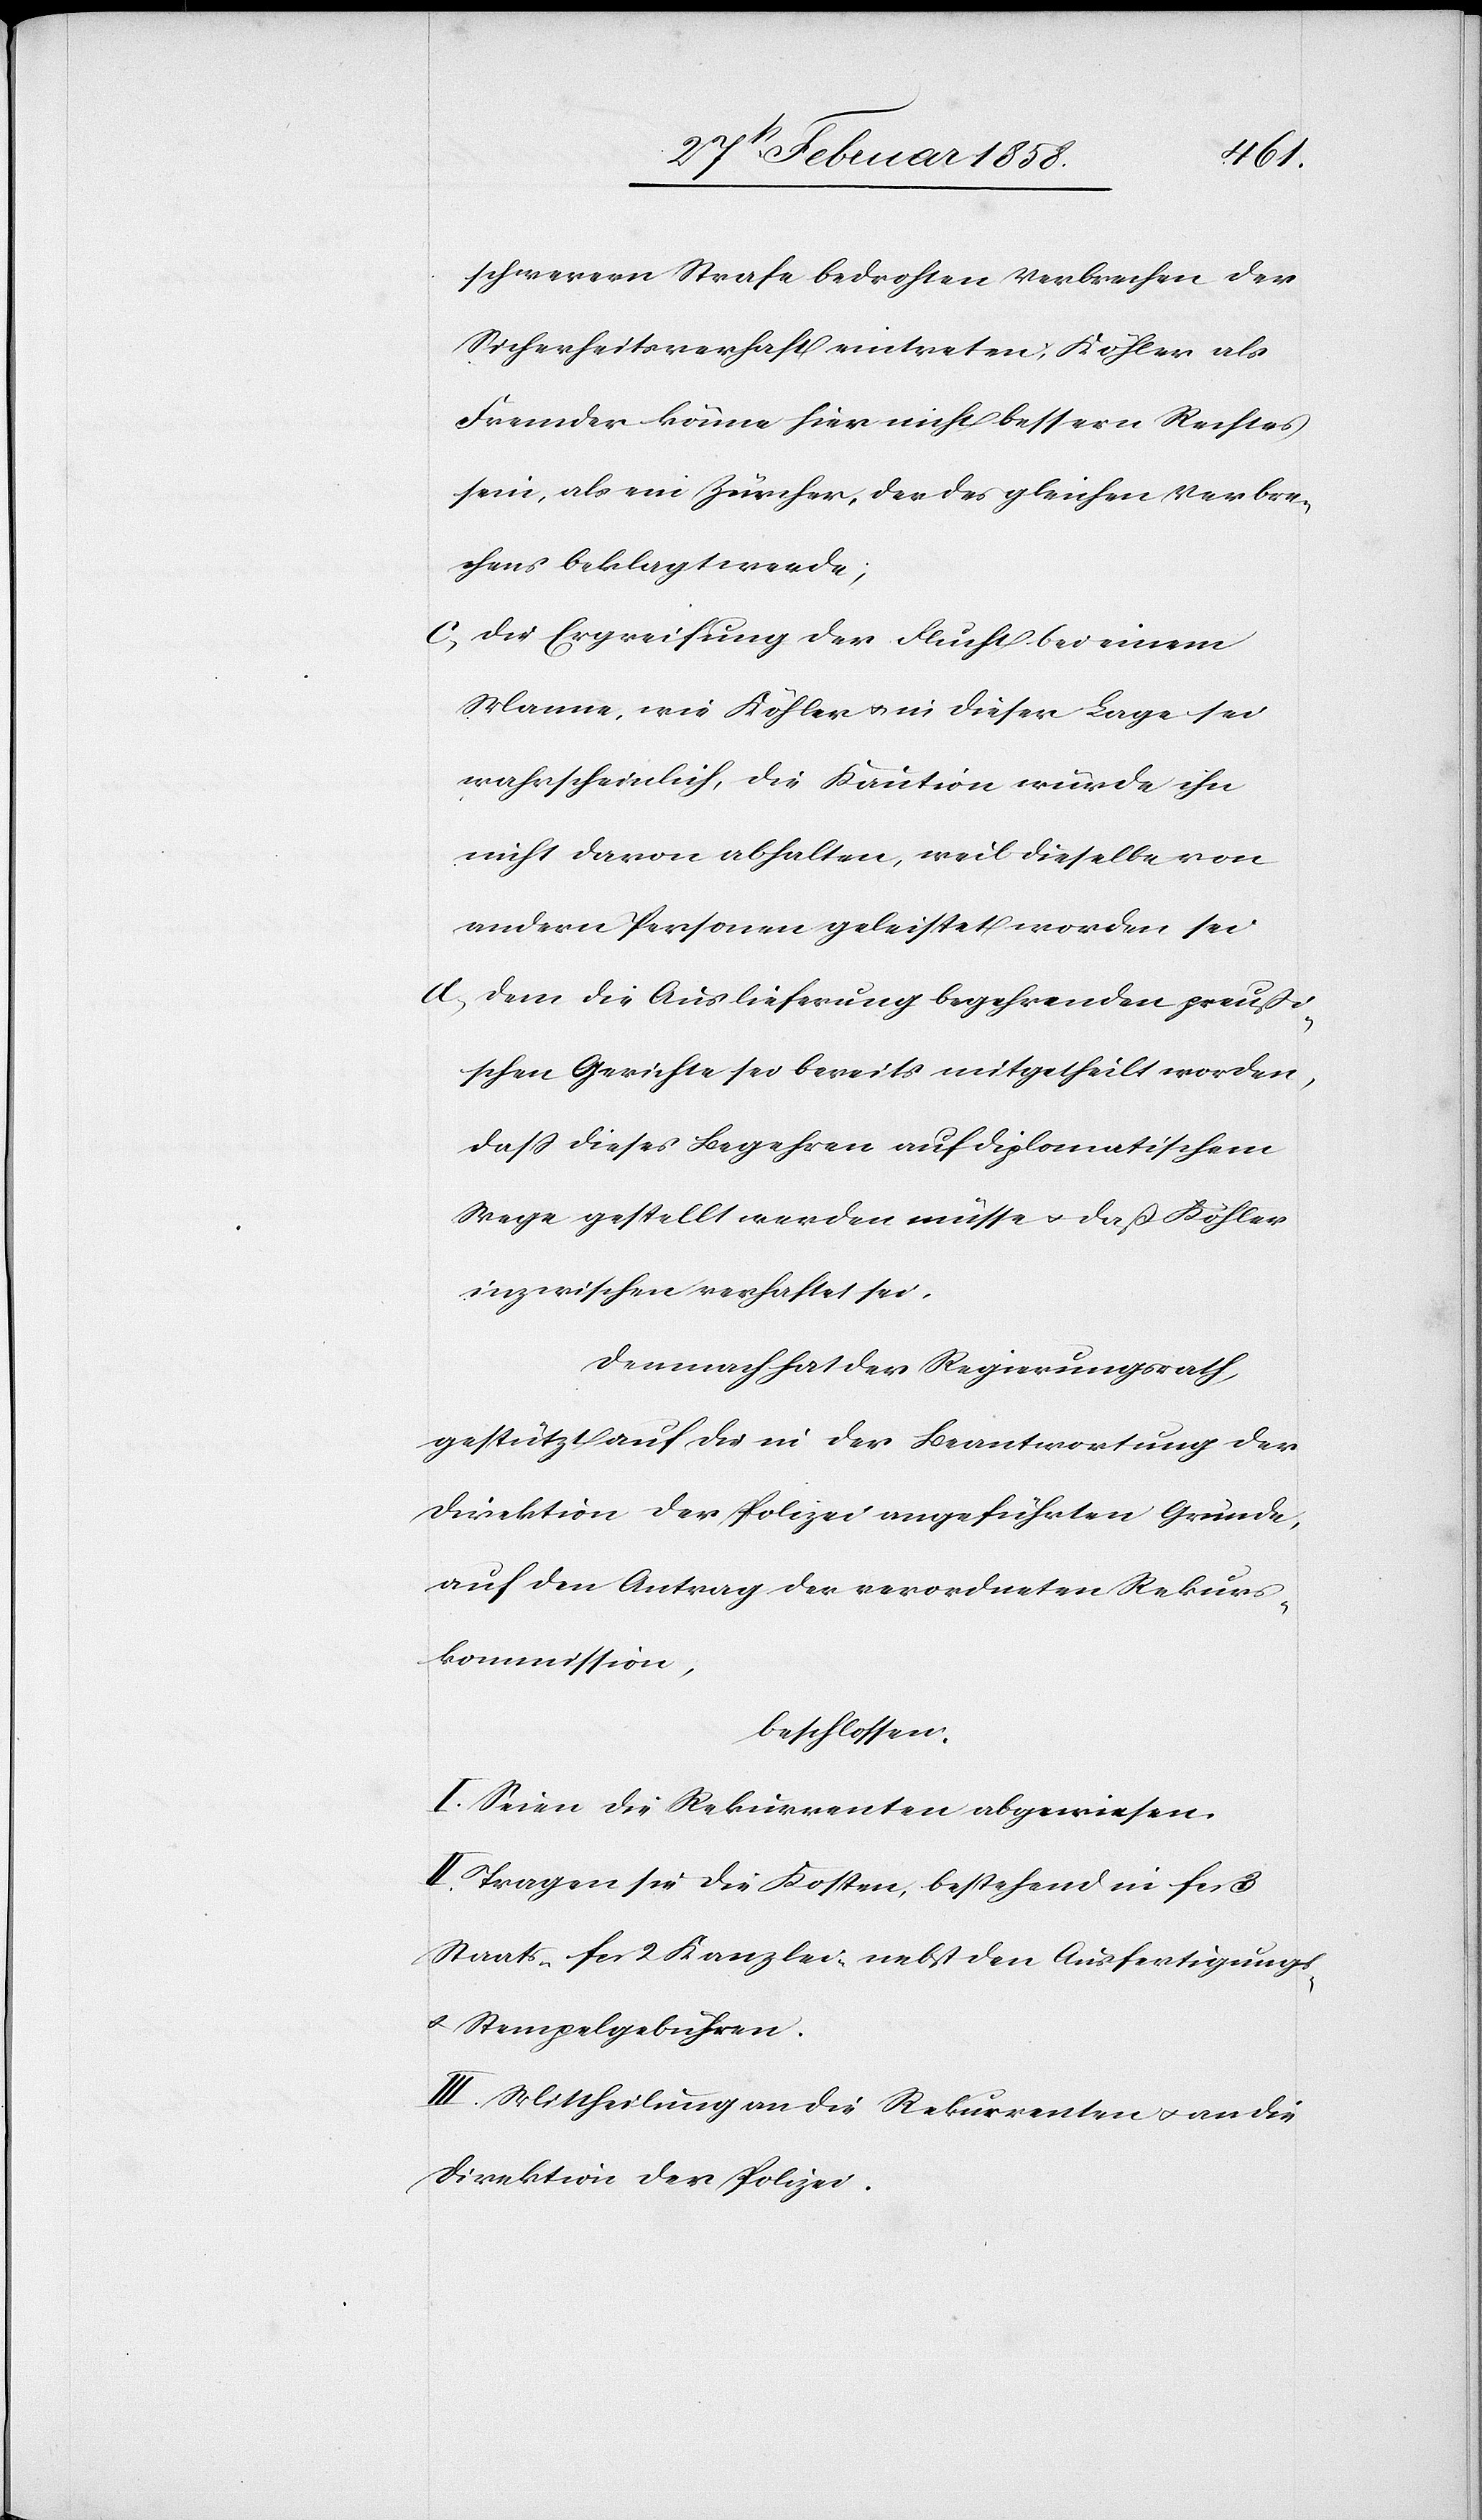
schwerern Strafe bedrohten Verbrechen der
Sicherheitsverhaft eintreten; Köhler als
Fremder könne hier nicht bessern Rechtes
sein, als ein Zürcher, der des gleichen Verbre¬
chens beklagt werde;
d. Die Ergreifung der Flucht bei einem
Manne, wie Köhler u. in dieser Lage sei
wahrscheinlich, die Kaution würde ihn
nicht davon abhalten, weil dieselbe von
andern Personen geleistet worden sei.
d. Dem die Auslieferung begehrenden preußi¬
schen Gerichte sei bereits mitgetheilt worden,
daß dieses Begehren auf diplomatischem
Wege gestellt werden müsse u. daß Köhler
inzwischen verhaftet sei.
Demnach hat der Regierungsrath,
gestützt auf die in der Beantwortung der
Direktion der Polizei angeführten Gründe,
auf den Antrag der verordneten Rekurs¬
kommission,
beschlossen:
I. Seien die Rekurrenten abgewiesen.
II. Tragen sie die Kosten, bestehend in fcs. 3
Staats-[,] fcs. 2 Kanzlei- nebst den Ausfertigungs-
u. Stempelgebühren.
III. Mittheilung an die Rekurrenten u. an die
Direktion der Polizei.